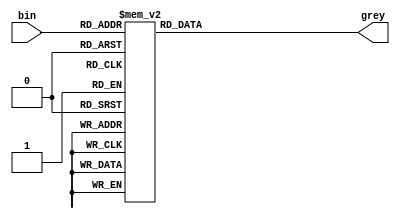
`timescale 1ns / 1ps
//////////////////////////////////////////////////////////////////////////////////
// Company: 
// Engineer: 
// 
// Design Name: 
// Module Name:    binary_to_grey_bh 
// Project Name: 
// Target Devices: 
// Tool versions: 
// Description: 
//
// Dependencies: 
//
// Revision: 
// Revision 0.01 - File Created
// Additional Comments: 
//
//////////////////////////////////////////////////////////////////////////////////
module binary_to_grey_bh(
    input [3:0] bin,
    output reg [3:0] grey
    );
always@(*)
begin
case(bin)
4'b0000: grey=4'b0000;
4'b0001: grey=4'b0001;
4'b0010: grey=4'b0011;
4'b0011: grey=4'b0010;
4'b0100: grey=4'b0110;
4'b0101: grey=4'b0111;
4'b0110: grey=4'b0101;
4'b0111: grey=4'b0100;
4'b1000: grey=4'b1100;
4'b1001: grey=4'b1101;
4'b1010: grey=4'b1111;
4'b1011: grey=4'b1110;
4'b1100: grey=4'b1010;
4'b1101: grey=4'b1011;
4'b1110: grey=4'b1001;
4'b1111: grey=4'b1000;
endcase
end
endmodule